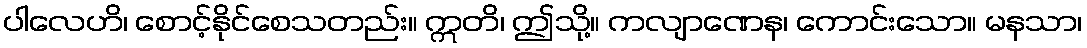
ပါလေဟိ၊ စောင့်နိုင်စေသတည်း။ ဣတိ၊ ဤသို့။ ကလျာဏေန၊ ကောင်းသော။ မနသာ၊